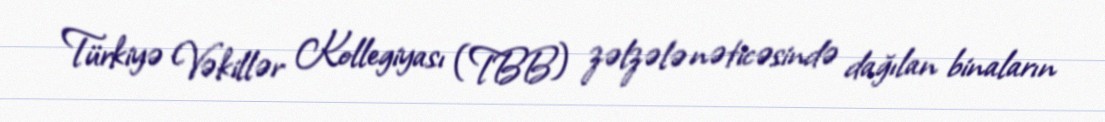
Türkiyə Vəkillər Kollegiyası (TBB) zəlzələ nəticəsində dağılan binaların